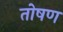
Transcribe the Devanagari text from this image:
तोषण